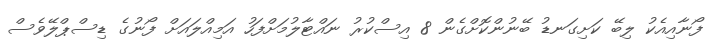
ފޯނާއިއެކު ލިބޭ ކަށިގަނޑު ބޭނުންކޮށްގެން 8 އިސްކުރު ނައްޓާލުމަށްފަހު އަމިއްލައަށް ފޯނުގެ ޑިސްޕްލޭވެސް